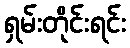
ရှမ်းတိုင်းရင်း